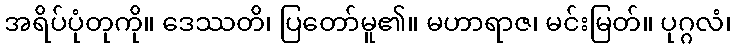
အရိပ်ပုံတုကို။ ဒေဿတိ၊ ပြတော်မူ၏။ မဟာရာဇ၊ မင်းမြတ်။ ပုဂ္ဂလံ၊